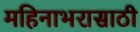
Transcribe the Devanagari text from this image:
महिनाभरासाठी